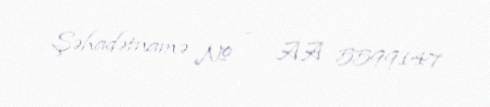
Şəhadətnamə № — AA 5599147